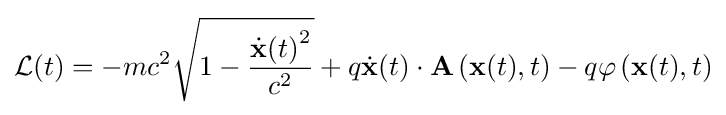
{\mathcal {L}}(t)=-mc^{2}{\sqrt {1-{\frac {{{\dot {\mathbf {x} }}(t)}^{2}}{c^{2}}}}}+q{\dot {\mathbf {x} }}(t)\cdot \mathbf {A} \left(\mathbf {x} (t),t\right)-q\varphi \left(\mathbf {x} (t),t\right)